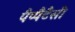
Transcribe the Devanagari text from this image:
पैप्पैटैसी